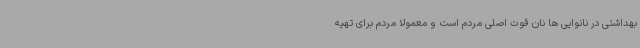
بهداشتی در نانوایی ها نان قوت اصلی مردم است و معمولا مردم برای تهیه